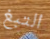
التبغ